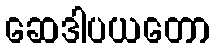
ဆေဒါပယတော